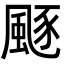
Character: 𩗛